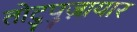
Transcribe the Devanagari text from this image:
तोटुपुज़ायार